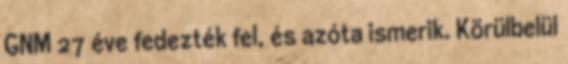
GNM 27 éve fedezték fel, és azóta ismerik. Körülbelül